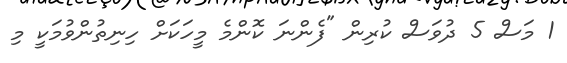
1 މަސް 5 ދުވަސް ކުރިން "ފެންނަ ކޮންމެ މީހަކަށް ހިނިތުންވުމަކީ މި